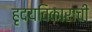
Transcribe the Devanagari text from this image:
हृदयविकाराची